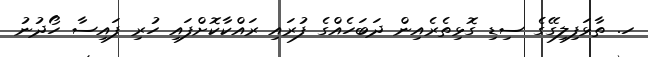
ހ. ތާޅަފިލިގޭގެ ސިޑި ގޮޅިތެރެއިން ދަބަހެއްގެ ފުރައި ރައްކާކޮށްފައި ހުރި ފައިސާ ހޯދުނު